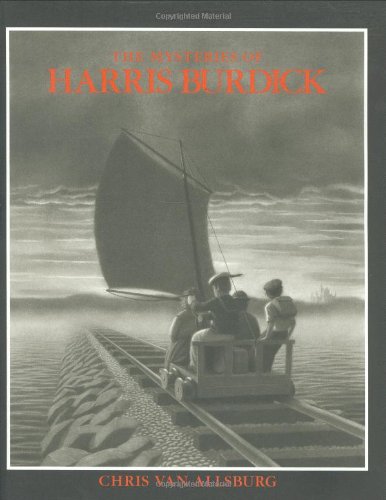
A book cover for The Mysteries of Harris Burdick; Chris Van Allsburg; Children's Books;